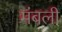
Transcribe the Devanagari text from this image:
मंबली